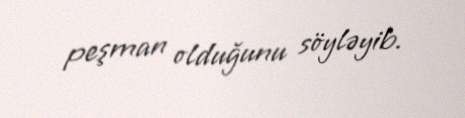
peşman olduğunu söyləyib.